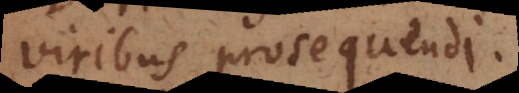
viribus prosequendi.